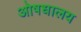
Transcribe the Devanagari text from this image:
ओषधालय